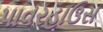
પાવરહાઉસ